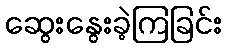
ဆွေးနွေးခဲ့ကြခြင်း